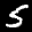
Label: 5